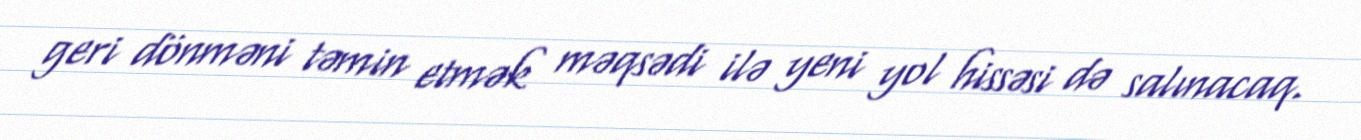
geri dönməni təmin etmək məqsədi ilə yeni yol hissəsi də salınacaq.